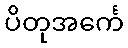
ပိတုအင်္ကေ